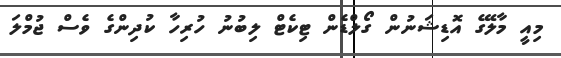
މިއީ މާލޭގެ އޮޑިޝަނުން ގޯލްޑެން ޓިކެޓް ލިބުނު ހުރިހާ ކުދިންގެ ވެސް ޖުމްލަ